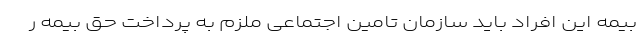
بیمه این افراد باید سازمان تامین اجتماعی ملزم به پرداخت حق بیمه ر